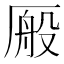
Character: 𫨕